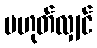
မဟုတ်လျှင်